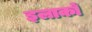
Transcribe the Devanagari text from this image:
इलाकाें